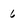
Character: 6